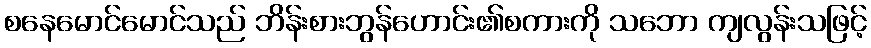
စနေမောင်မောင်သည် ဘိန်းစားဘွန်ဟောင်း၏စကားကို သဘော ကျလွန်းသဖြင့်